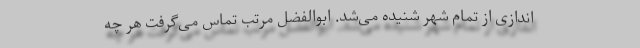
اندازی از تمام شهر شنیده می‌شد. ابوالفضل مرتب تماس می‌گرفت هر چه